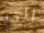
الى